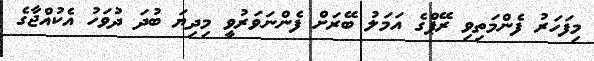
މިފަހަރު ފެންމަތިވި ރޭޕްގެ އަމަލު ބޭރަށް ފެންނަވަރުވީ މިދިޔަ ބުދަ ދުވަހު އެކުއްޖާގެ